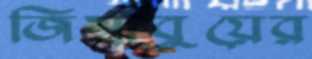
জিম্বাবুয়ের